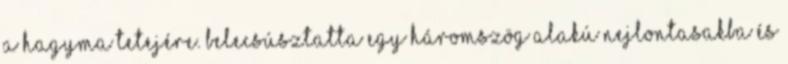
a hagyma tetejére. Belecsúsztatta egy háromszög alakú nejlontasakba és